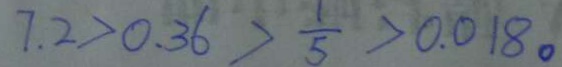
7 . 2 > 0 . 3 6 > \frac { 1 } { 5 } > 0 . 0 1 8 。